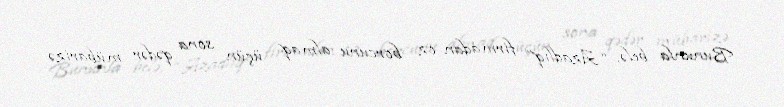
Bununla belə, “Azadlıq” firmadan öz borcunu almaq üçün sona qədər mübarizə